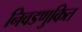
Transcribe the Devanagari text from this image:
निवडणुकित